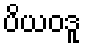
ပိယဝဒူ